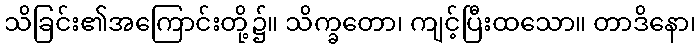
သိခြင်း၏အကြောင်းတို့၌။ သိက္ခတော၊ ကျင့်ပြီးထသော။ တာဒိနော၊